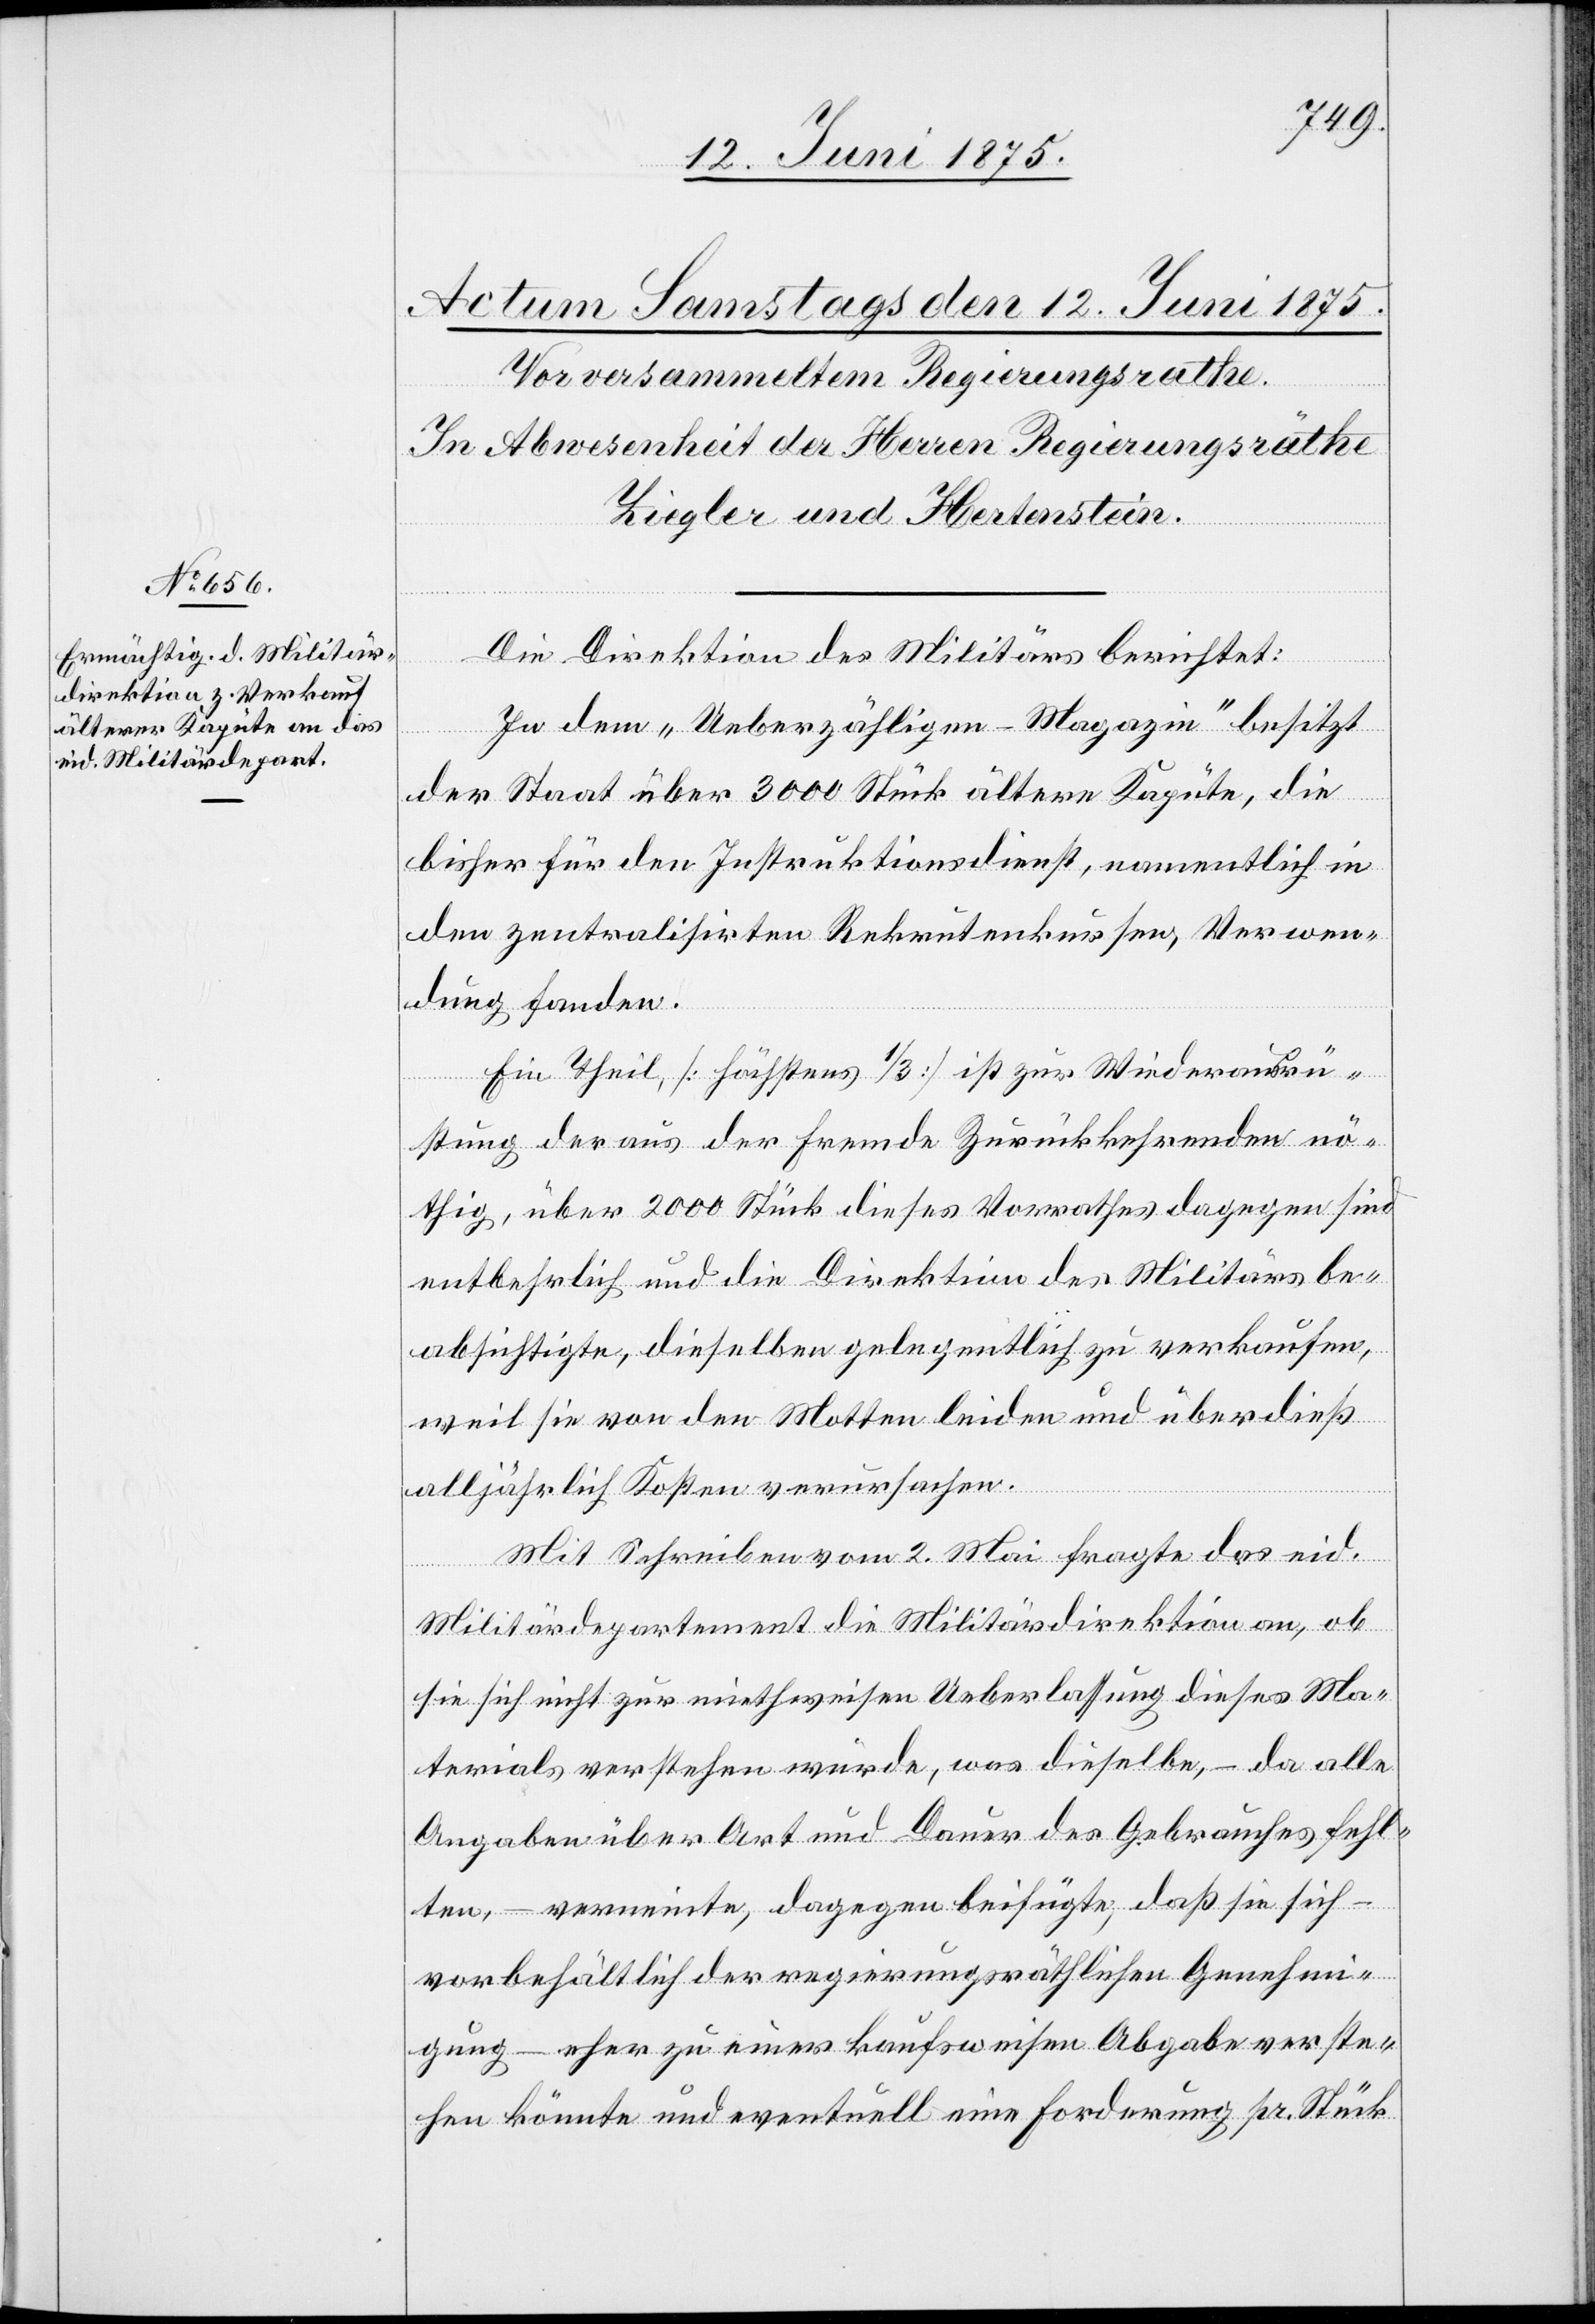
Die Direktion des Militärs berichtet:
In dem „Ueberzähligen-Magazin“ besitzt
der Staat über 3000 Stück älterer Kajüte, die
bisher für den Instruktionsdienst, namentlich in
den zentralisirten Rekrutenkursen, Verwen¬
dung fanden.
Ein theil [höchstens 1/3] ist zur Wiederausrü¬
stung der aus der Fremde Zurückkehrenden nö¬
thig, über 2000 Stück dieses Vorrathes dagegen sind
entbehrlich und die Direktion des Militärs be¬
absichtigte, dieselben gelegentlich zu verkaufen,
weil sie von den Motten leiden und überdieß
alljährlich Kosten verursachen.
Mit Schreiben vom 2. Mai fragte das eid.
Militärdepartement die Militärdirektion, ob
sie sich nicht zur miethweisen Ueberlassung dieses Ma¬
terials verstehen würde, was dieselbe, – da alle
Angaben über Art und Dauer des Gebrauches fehl¬
ten, – verneinte, dagegen beifügte, daß sie sich
vorbehältlich der regierungsräthlichen Genehmi¬
gung – eher zu einer kaufsweisen Abgabe verste¬
hen könnte und eventuell eine Forderung pr. Stück